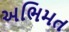
અભિમત